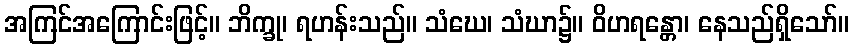
အကြင်အကြောင်းဖြင့်။ ဘိက္ခု၊ ရဟန်းသည်။ သံဃေ၊ သံဃာ၌။ ဝိဟရန္တော၊ နေသည်ရှိသော်။